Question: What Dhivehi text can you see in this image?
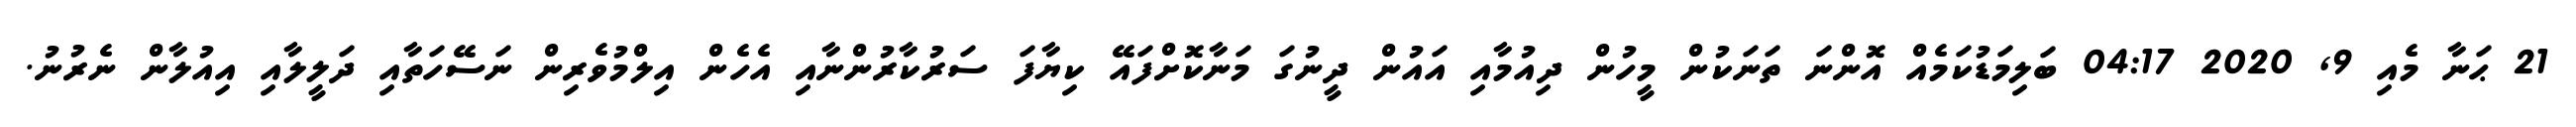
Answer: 21 ޙަނާ މެއި 9, 2020 04:17 ބަލިމަޑުކަމެއް އޮންނަ ތަނަކުން މީހުން ދިއުމާއި އައުން ދީނުގަ މަނާކޮށްފައޭ ކިޔާފަ ސަރުކާރުންނާއި އެހެން އިލްމުވެރިން ނަސޭހަތާއި ދަލީލާއި އިއުލާން ނެރުނު.